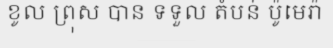
ខូល ព្រុស បាន ទទួល តំបន់ ប៉ូមេរ៉ា